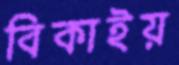
বিকাইয়